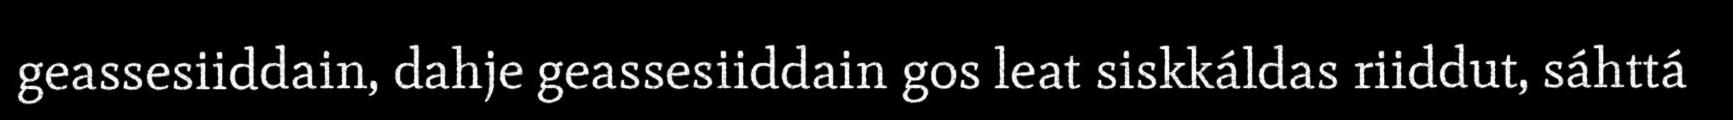
geassesiiddain, dahje geassesiiddain gos leat siskkáldas riiddut, sáhttá